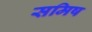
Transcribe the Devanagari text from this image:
समिष